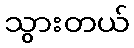
သွားတယ်